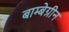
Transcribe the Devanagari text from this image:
बाम्बेग्रीन